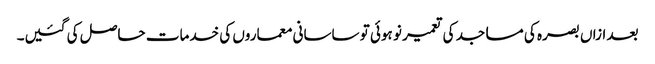
بعد ازاں بصرہ کی مساجد کی تعمیر نو ہوئی تو ساسانی معماروں کی خدمات حاصل کی گئیں۔